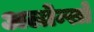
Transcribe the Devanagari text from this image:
अलोन्सों